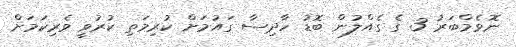
ނޮވެމްބަރު 3 ގެ ގެއްލުން ބޮޑު ހާދިސާ ގައުމަށް ކުރިމަތި ކުރުވީ ވެރިކަމަށް